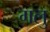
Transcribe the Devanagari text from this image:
गलु